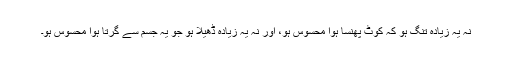
نہ یہ زیادہ تنگ ہو کہ کوٹ پھنسا ہوا محسوس ہو، اور نہ یہ زیادہ ڈھیلا ہو جو یہ جسم سے گرتا ہوا محسوس ہو۔